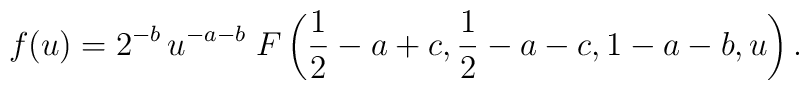
f(u)= 2^{-b}\, u^{-a-b}\; F\left({1 \over 2}-a+c, {1 \over 2}-a-c, 1-a-b, u\right).